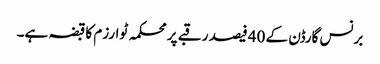
برنس گارڈن کے 40 فیصد رقبے پر محکمہ ٹوارزم کا قبضہ ہے۔